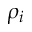
\rho _ { i }